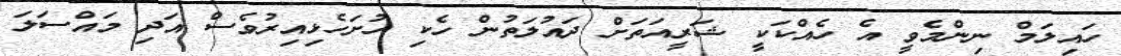
ހައިލަމް ނިންމެވީ އެ ހެއްކަކީ ޝަރީއަތަށް ދައުލަތުން ހެކި ހުށަހެޅިއިރުވެސް އަދި މައްސަލަ